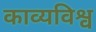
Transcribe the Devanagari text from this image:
काव्यविश्व